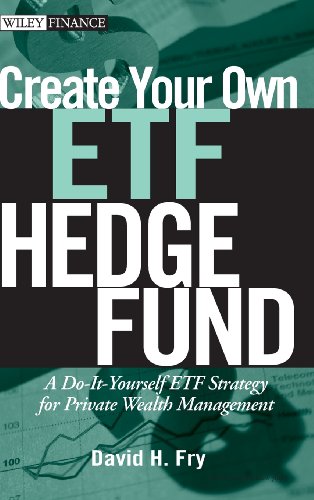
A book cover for Create Your Own ETF Hedge Fund: A Do-It-Yourself ETF Strategy for Private Wealth Management; David Fry; Business & Money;